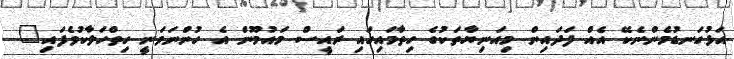
އަޅުގަނޑުމެންނެކޭ އެއް ފަަަދައިން މިއަނިޔާތަކުގެ ހިތާމައިގައި ރައީސް މައުމޫން އެ ހުންނަވަނީ ހިތްހަލާކުވެފައި"